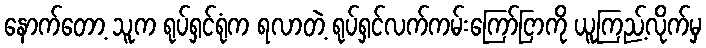
နောက်တော့ သူက ရုပ်ရှင်ရုံက ရလာတဲ့ ရုပ်ရှင်လက်ကမ်းကြော်ငြာကို ယူကြည့်လိုက်မှ